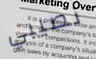
نصيبي